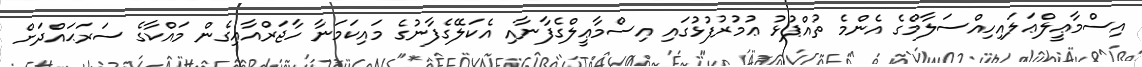
އިސްމާޢީލްޢަލައިހިއްސަލާމްގެ އެންމެ ތުއްޕުޅު ޢުމުރުފުޅުގައި އިސްމާޢީލްގެފާނާއި އެކަލޭގެފާނުގެ މައިކަމަނާ ހާޖަރްއާއިގެން މައްކާގެ ސަރަޙައްދަށް